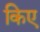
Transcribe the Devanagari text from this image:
किए